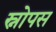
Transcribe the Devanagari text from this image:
स्नोपस